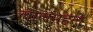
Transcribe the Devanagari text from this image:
लालमहल